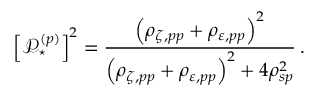
\left[ \mathop { \mathcal { P } _ { \star } ^ { ( p ) } } \right] ^ { 2 } = \frac { \left( \rho _ { \zeta , p p } + \rho _ { \varepsilon , p p } \right) ^ { 2 } } { \left( \rho _ { \zeta , p p } + \rho _ { \varepsilon , p p } \right) ^ { 2 } + 4 \rho _ { s p } ^ { 2 } } \: .